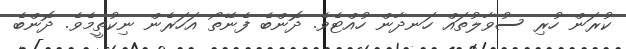
ކުރަން ހުރި ސުވާލުތައް ހަނދާން ހުއްޓެވެ. ދޮންބެ ފެނޭތޯ އަހަރެން ނިކުތީމެވެ. ދޮންބެ